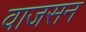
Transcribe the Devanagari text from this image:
वाजसन